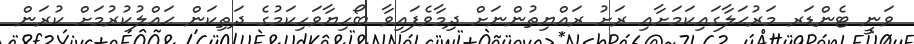
ވަނީ ޓެންޑަރ މަރުޙަލާގައިކަމަށާއި ރަށު ރައްޔިތުންނަށް ދިމާވެފައިވާ ބޯހިޔާވަހިކަމުގެ ދަތިކަން ޙައްލުކުރުމަށް ކުރަން